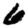
Digit: 6